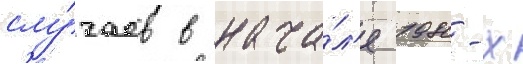
слу́чаев в нача́л'е 1980-х